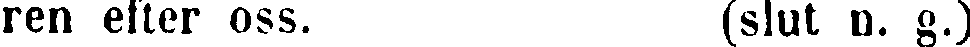
ren efter oss. (slut n. g.)